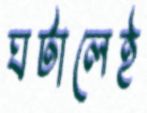
ঘটালেই